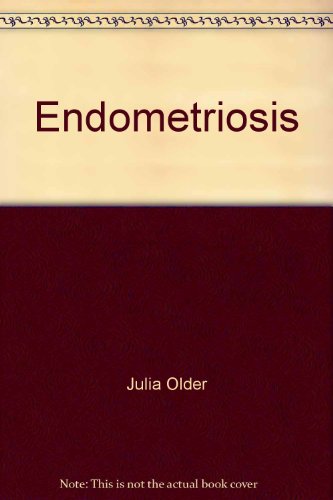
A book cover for Endometriosis; Julia Older; Health, Fitness & Dieting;